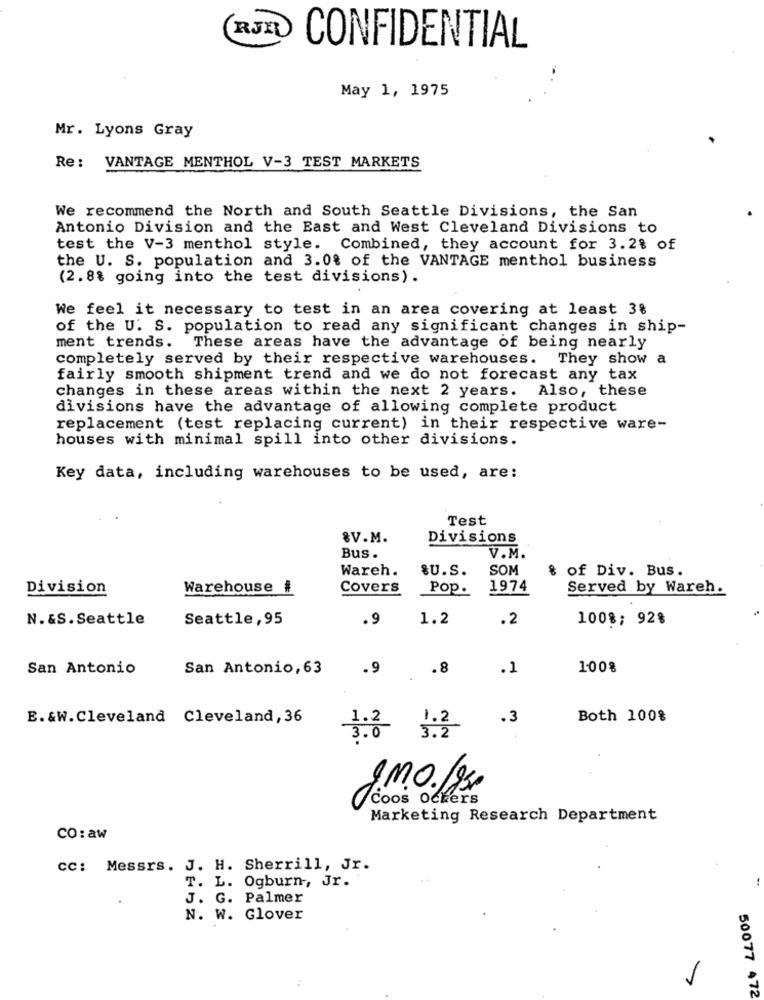
(RJX
CONFIDENTIAL
May 1, 1975
Mr. Lyons Gray
Re: VANTAGE MENTHOL V-3 TEST MARKETS
We recommend the North and South Seattle Divisions, the San
Antonio Division and the East and West Cleveland Divisions to
test the V-3 menthol style. Combined, they account for 3.2% of
the U. S. population and 3.0% of the VANTAGE menthol business
(2.8% going into the test divisions).
We feel it necessary to test in an area covering at least 3%
of the U. S. population to read any significant changes in ship-
ment trends. These areas have the advantage of being nearly
completely served by their respective warehouses. They show a
fairly smooth shipment trend and we do not forecast any tax
changes in these areas within the next 2 years. Also, these
divisions have the advantage of allowing complete product
replacement (test replacing current) in their respective ware-
houses with minimal spill into other divisions.
Key data, including warehouses to be used, are:
Test
8V.M.
Divisions
Bus .
V.M.
Wareh.
&U.S.
SOM
of Div. Bus.
Division
Warehouse #
Covers
Pop.
1974
Served by Wareh.
N.&S. Seattle
Seattle, 95
.9
1.2
.2
1008; 92%
San Antonio
San Antonio, 63
.9
.8
.1
100%
E.&W.Cleveland Cleveland, 36
1.2
1.2
.3
Both 100%
5
3.2
3.0
g.M.O.195.
Coos Ochers
Marketing Research Department
CO : aw
CC: Messrs. J. H. Sherrill, Jr.
T. L. Ogburn -, Jr.
J. G. Palmer
N. W. Glover
1
50077 472